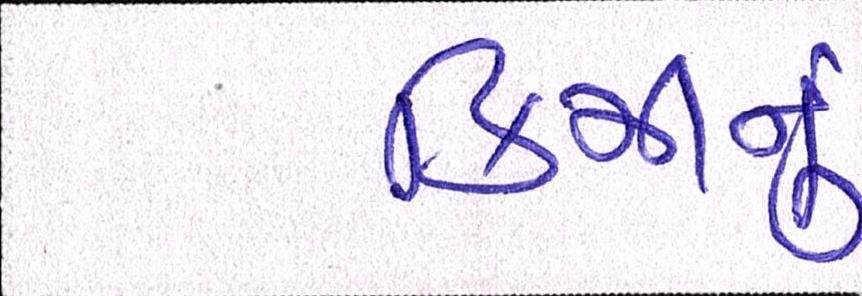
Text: કિમીનું